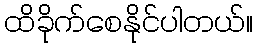
ထိခိုက်စေနိုင်ပါတယ်။